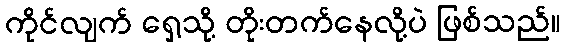
ကိုင်လျက် ရှေ့သို့ တိုးတက်နေလို့ပဲ ဖြစ်သည်။